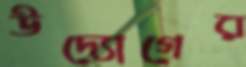
উদ্যোগের